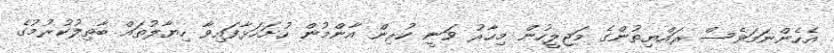
އެހެންނަމަވެސް ރައްޔިތުންގެ މަޖިލީހުން މިހާރު ވަނީ ކުރިން އާންމުން ހުށަހަޅާފައިވާ ހިޔާލުތައް ބާތިލުކުރުމުގެ